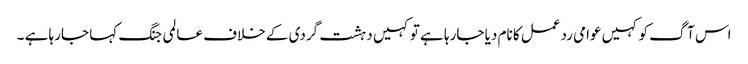
اس آگ کو کہیں عوامی ردعمل کا نام دیا جارہا ہے تو کہیں دہشت گردی کے خلاف عالمی جنگ کہا جارہا ہے ۔